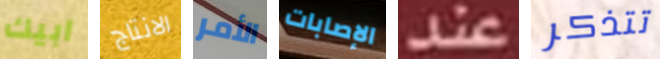
ابيك الانتاج الأمر الإصابات عند تتذكر